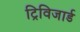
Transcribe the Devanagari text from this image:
ट्रिविजार्ड